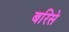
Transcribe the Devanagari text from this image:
बरिसे